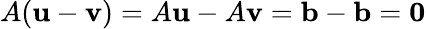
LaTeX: A(\mathbf{u}-\mathbf{v})=A\mathbf{u}-A\mathbf{v}=\mathbf{b}-\mathbf{b}=\mathbf{0}